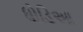
ધોડિઆ